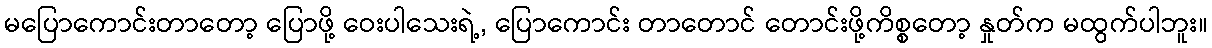
မပြောကောင်းတာတော့ ပြောဖို့ ဝေးပါသေးရဲ့, ပြောကောင်း တာတောင် တောင်းဖို့ကိစ္စတော့ နှုတ်က မထွက်ပါဘူး။